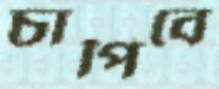
চাপিবে